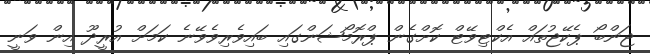
ޖަންބޯ ޕެކޭޖުތައް އެކްޓިވޭޓް ކޮށްގެން ޕްރޮމޯޝަންގައި ބައިވެރިވެވޭނެ ކަމަށް އުރީދޫ އިން ވަނީ